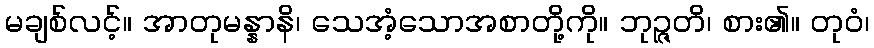
မချစ်လင့်။ အာတုမန္နာနိ၊ သေအံ့သောအစာတို့ကို။ ဘုဉ္ဇတိ၊ စား၏။ တုဝံ၊